King Institute of Preventive Medicine Micro-Biological Section reports 1912-19
Year: 1912
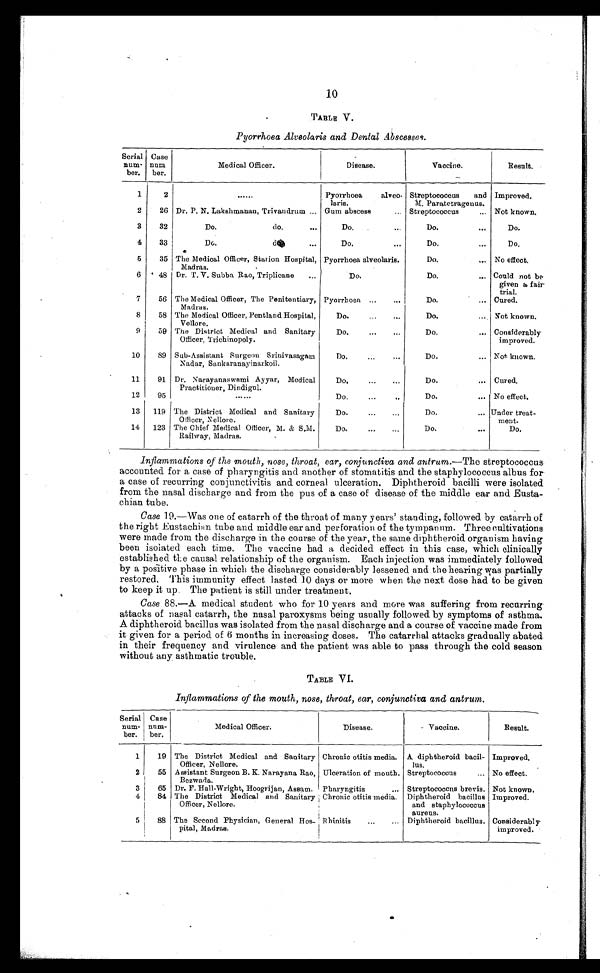
10
TABLE V.
Pyorrhoea Alveolaris and Dental Abscesses.
Serial
num-
ber.
Case
num-
ber.
Medical Officer.
Disease.
Vaccine.
Result.
1
2
. . .
Pyorrhoea alveo
-laris.
Streptococcus and
M. Paratetragenus.
Improved.
2
26 Dr. P. N. Lakshmanan, Trivandrum . . . Gum abscess . . . Streptococcus . . . Not known.
3
32 D o . d o d o . d . . .
D o . . . .
Do. . . .
Do.
4
33
Do. do. . . .
Do. . . .
Do. . . .
Do.
5
35 The Medical Officer, Station Hospital,
Madras.
Pyorrhoea alveolaris.
Do. . . . No effect.
6
48 Dr. T. V. Subba Rao, Triplicane . . .
Do. . . .
Do. . . . Could not be
given a fair
-
trial.
7
56 The Medical Officer, The Penitentiary,
Madras.
Pyorrhoea . . .
Do. . . . Cured.
8
58 The Medical Officer, Pentland Hospital,
Vellore.
Do. . . .
Do. . . .
Not known.
9
59 The District Medical and Sanitary
Officer, Trichinopoly.
Do. . . .
Do. . . . Considerably
improved.
10
89 Sub-Assistant Surgeon Srinivasagam
Nadar, Sankaranayinarkoil.
Do. . . .
Do. . . . Not known.
11
91 Dr. N arayanaswami A yyar, Medical
Practitioner, Dindigul.
Do. . . .
Do. . . . Cured.
12
95
. . .
Do. . . .
Do. . . . No effect.
13
119 The District Medical and Sanitary
Officer, Nellore.
Do. . . .
Do. . . . Under treat
-ment.
14
123 The Chief Medical Officer, M. & S.M.
Railway, Madras.
Do. . . .
Do. . . .
Do.
Inflammations of the mouth, nose, throat, ear, conjunctiva and antrum .—The streptococcus
accounted for a case of pharyngitis and another of stomatitis and the staphylococcus albus for
a case of recurring conjunctivitis and corneal ulceration. Diphtheroid bacilli were isolated
from the nasal discharge and from the pus of a case of disease of the middle ear and Eusta
-
chian tube.
Case 19.—Was one of catarrh of the throat of many y ears' standing, followed by catarrh of
the right Eustachian tube and middle ear and perforation of the tympanum. Three cultivations
were made from the discharge in the course of the year, the same diphtheroid organism having
been isolated each time. The vaccine had a decided effect in this case, which clinically
established the causal relationship of the organism. Each injection was immediately followed
by a positive phase in which the discharge considerably lessened and the hearing was partially
restored. This immunity effect lasted 10 days or more when the next dose had to be given
to keep it up. The patient is still under treatment.
Case 88.—A medical student who for 10 years and more was suffering from recurring
attacks of nasal catarrh, the nasal paroxysms being usually followed by symptoms of asthma.
A diphtheroid bacillus was isolated from the nasal discharge and a course of vaccine made from
it given for a period of 6 months in increasing doses. The catarrhal attacks gradually abated
in their frequency and virulence and the patient was able to pass through the cold season
without any asthmatic trouble.
TABLE VI.
Inflammations of the mouth, nose, throat, ear, conjunctiva and antrum.
Serial
num-
ber.
Case
num-
ber.
Medical Officer.
Disease.
Vaccine.
Result.
1
19 The District Medical and Sanitary
Officer, Nellore.
Chronic otitis media. A diphtheroid bacil-
lus.
Improved.
2
55 Assistant Surgeon B. K. Narayana Rao,
Bezwada.
Ulceration of mouth. Streptococcus . . . No effect.
3
65 Dr. F. Hall-Wright, Hoogrijan, Assam. Pharyngitis . . . Streptococcus brevis. Not known.
4
84 The District Medical and Sanitary
Officer, Nellore.
Chronic otitis media. Diphtheroid bacillus
and staphylococcus
aureus.
Improved.
5
88 The Second Physician, General Hos
-pital, Madras.
Rhinitis . . . Diphtheroid bacillus. Considerably
-improved.